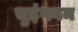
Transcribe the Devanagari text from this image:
चुइंगगम